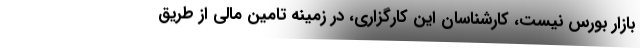
بازار بورس نیست، کارشناسان این کارگزاری، در زمینه تامین مالی از طریق